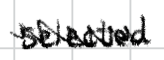
Text: selected
Cross-out: zig-zag
Writing tool: digital_black